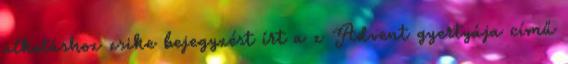
alkotáshoz zsike bejegyzést írt a z Advent gyertyája című